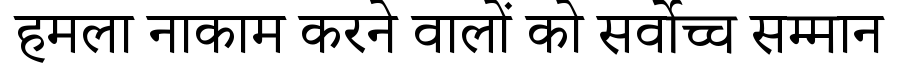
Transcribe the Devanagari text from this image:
हमला नाकाम करने वालों को सर्वोच्च सम्मान